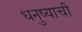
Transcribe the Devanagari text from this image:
धनुष्याची